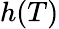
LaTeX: h(T)